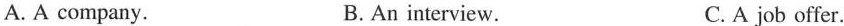
A. A company. B. An interview. C. A job offer.